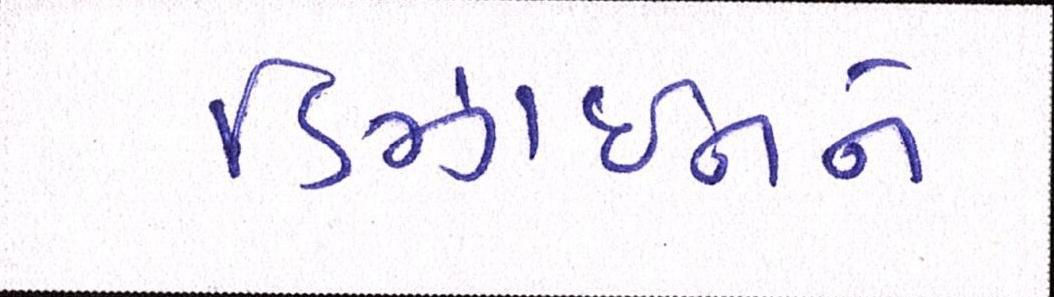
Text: ડિઝાઇનને